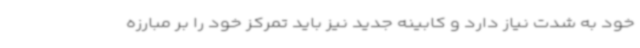
خود به شدت نیاز دارد و کابینه جدید نیز باید تمرکز خود را بر مبارزه